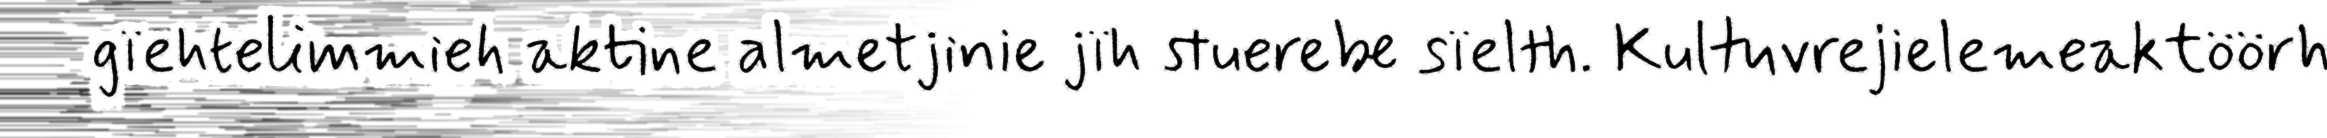
gïehtelimmieh aktine almetjinie jïh stuerebe sïelth. Kultuvrejielemeaktöörh